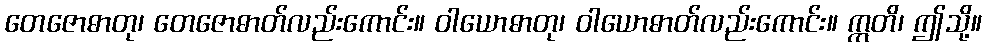
တေဇောဓာတု၊ တေဇောဓာတ်လည်းကောင်း။ ဝါယောဓာတု၊ ဝါယောဓာတ်လည်းကောင်း။ ဣတိ၊ ဤသို့။